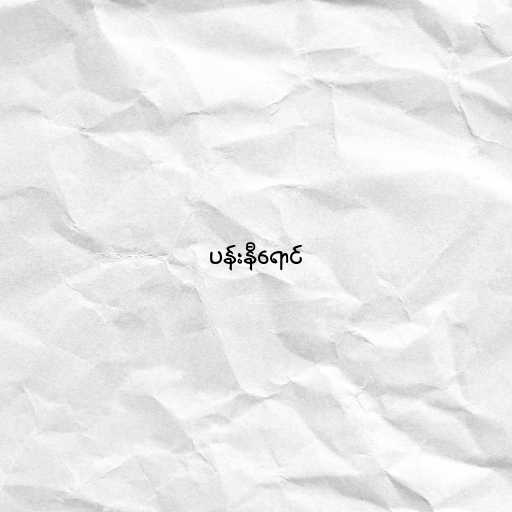
ပန်းနီရောင်